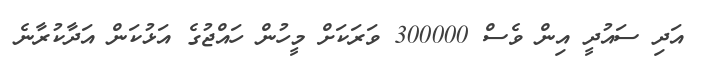
އަދި ސައުދީ އިން ވެސް 300000 ވަރަކަށް މީހުން ހައްޖުގެ އަޅުކަން އަދާކުރާނެ